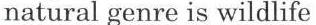
natural genre is wildlife